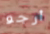
أرجو